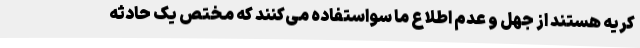
کریه هستند از جهل و عدم اطلاع ما سواستفاده می‌کنند که مختص یک حادثه